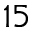
^ { 1 5 }